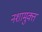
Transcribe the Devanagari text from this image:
नशामुक्त